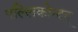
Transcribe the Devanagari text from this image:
पल्लिकोन्दन्